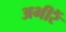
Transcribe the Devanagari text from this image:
अभीरैं